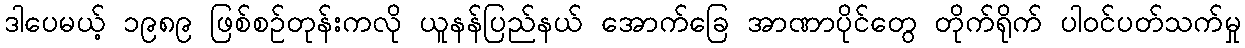
ဒါပေမယ့် ၁၉၈၉ ဖြစ်စဉ်တုန်းကလို ယူနန်ပြည်နယ် အောက်ခြေ အာဏာပိုင်တွေ တိုက်ရိုက် ပါဝင်ပတ်သက်မှု